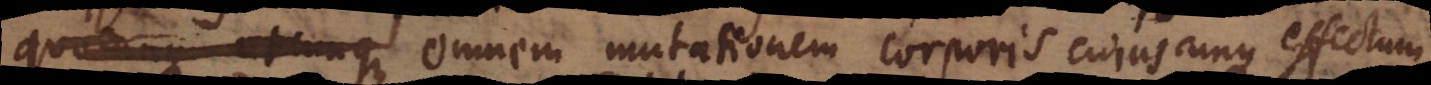
quocunque utcunque omnem mutationem corporis cujuscunque effectum